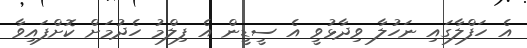
އެ ހަފްލާގައި ނަހުލާ ވިދާޅުވީ އެ ސީޑީން އެ ފިލްމު ހެދުމަށް ކޮށްފައިވާ